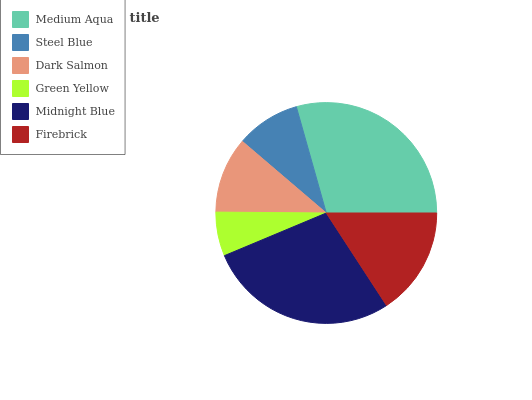
| Medium Aqua | Steel Blue | Dark Salmon | Green Yellow | Midnight Blue | Firebrick |
 | --- | --- | --- | --- | --- | --- |
 | 29.4% | 9.39% | 11.1% | 6.43% | 27.8% | 15.8% |